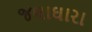
જલાઘારા